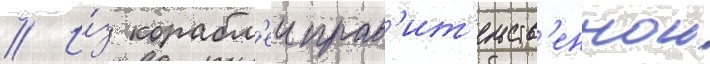
// И́з корабл'еи прав'ит'ельств'еннои